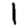
Digit: 1